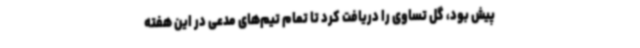
پیش بود، گل تساوی را دریافت کرد تا تمام تیم‌های مدعی در این هفته